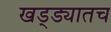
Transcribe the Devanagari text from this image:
खड्ड्यातच